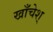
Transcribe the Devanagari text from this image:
खाँचेश्